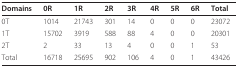
<table><thead><tr><td><b>Domains</b></td><td><b>0R</b></td><td><b>1R</b></td><td><b>2R</b></td><td><b>3R</b></td><td><b>4R</b></td><td><b>5R</b></td><td><b>6R</b></td><td><b>Total</b></td></tr></thead><tbody><tr><td>0T</td><td>1014</td><td>21743</td><td>301</td><td>14</td><td>0</td><td>0</td><td>0</td><td>23072</td></tr><tr><td>1T</td><td>15702</td><td>3919</td><td>588</td><td>88</td><td>4</td><td>0</td><td>0</td><td>20301</td></tr><tr><td>2T</td><td>2</td><td>33</td><td>13</td><td>4</td><td>0</td><td>0</td><td>1</td><td>53</td></tr><tr><td>Total</td><td>16718</td><td>25695</td><td>902</td><td>106</td><td>4</td><td>0</td><td>1</td><td>43426</td></tr></tbody></table>